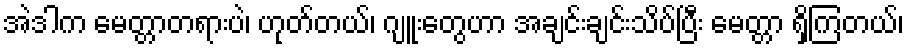
အဲဒါက မေတ္တာတရားပဲ၊ ဟုတ်တယ်၊ ဂျူးတွေဟာ အချင်းချင်းသိပ်ပြီး မေတ္တာ ရှိကြတယ်၊